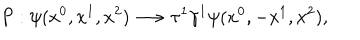
P : \psi ( x ^ { 0 } , x ^ { 1 } , x ^ { 2 } ) \longrightarrow \tau ^ { 1 } \gamma ^ { 1 } \psi ( x ^ { 0 } , - x ^ { 1 } , x ^ { 2 } ) ,